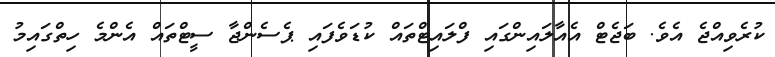
ކުރެވިއްޖެ އެވެ. ބަޖެޓް އެއާލައިންގައި ފްލައިޓްތައް ކުޑަވެފައި ޕެސެންޖާ ސީޓްތައް އެންމެ ހިތްގައިމު